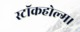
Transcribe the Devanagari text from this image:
स्टॉकहोल्म।